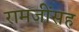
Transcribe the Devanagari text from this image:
रामजींसह